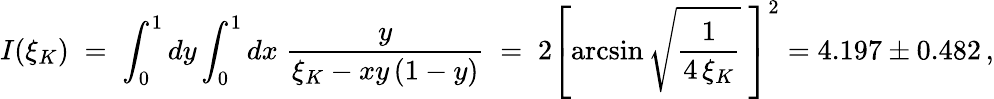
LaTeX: I(\xi_{K})\; =\; \int_{0}^{1}dy\int_{0}^{1}dx\; \frac{y}{\xi_{K}-xy\, (1-y)}\; =\; 2\left[\arcsin\sqrt{\frac{1}{4\, \xi_{K}}}\; \right]^{2}=4.197\pm 0.482\, ,